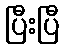
ပြီးပြီ